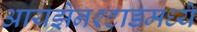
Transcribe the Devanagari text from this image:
आयझेनश्टाडमध्ये